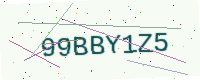
Text: 99BBY1Z5